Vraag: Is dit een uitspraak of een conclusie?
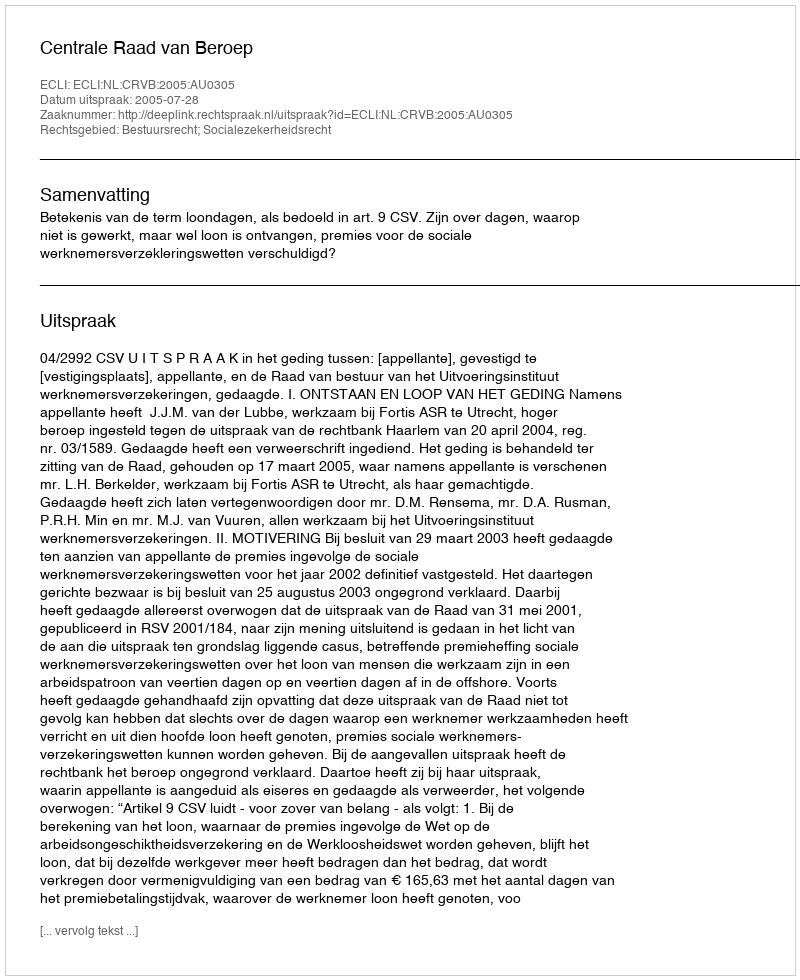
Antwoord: Uitspraak